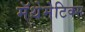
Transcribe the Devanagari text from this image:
मॅथेमेटिक्स